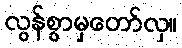
လွန်စွာမှတော်လှ။